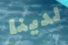
لدينا